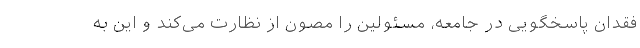
فقدان پاسخگویی در جامعه، مسئولین را مصون از نظارت می‌کند و این به